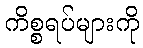
ကိစ္စရပ်များကို